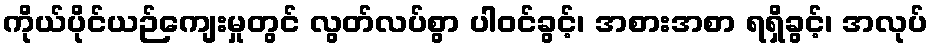
ကိုယ်ပိုင်ယဉ်ကျေးမှုတွင် လွတ်လပ်စွာ ပါဝင်ခွင့်၊ အစားအစာ ရရှိခွင့်၊ အလုပ်